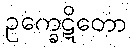
ဥက္ခေဋိတော